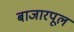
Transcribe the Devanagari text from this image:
बाजारपूल